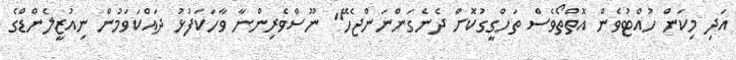
އަދި މިކަން ހުއްޓުވެން އޮތްތޯވެސް ތަހްގީގުކޮށް ދެނެގަންނަންޖެހޭ" ނޫސްވެރިންނާ ވާހަކަފުޅު ދައްކަވަމުން ނިއުޒީލެންޑްގެ